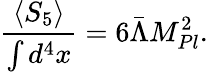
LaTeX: \frac{\left<S_{5}\right>}{\int d^{4}x}=6\bar{\Lambda}M_{Pl}^{2}.